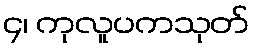
၄၊ ကုလူပကသုတ်